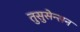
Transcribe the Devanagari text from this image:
तुसुसेन्सन